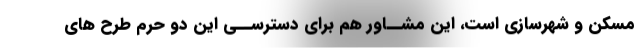
مسکن و شهرسازی است، این مشــاور هم برای دسترســی این دو حرم طرح های